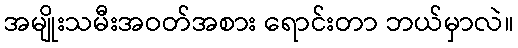
အမျိုးသမီးအဝတ်အစား ရောင်းတာ ဘယ်မှာလဲ။